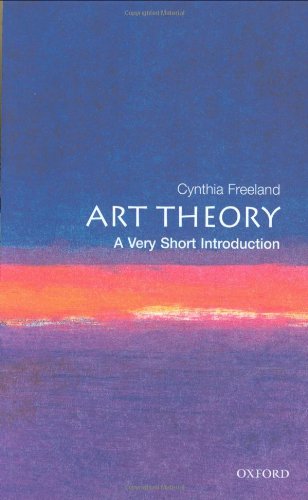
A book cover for Art Theory: A Very Short Introduction; Cynthia Freeland; Arts & Photography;